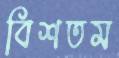
বিশতম